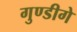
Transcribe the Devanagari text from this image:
गुण्डीगे